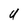
Character: U